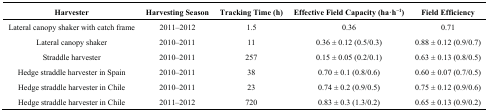
<table><thead><tr><td><b>Harvester</b></td><td><b>Harvesting Season</b></td><td><b>Tracking Time (h)</b></td><td><b>Effective Field Capacity (ha·h<sup>−1</sup>)</b></td><td><b>Field Efficiency</b></td></tr></thead><tbody><tr><td>Lateral canopy shaker with catch frame</td><td>2011–2012</td><td>1.5</td><td>0.36</td><td>0.71</td></tr><tr><td>Lateral canopy shaker</td><td>2010–2011</td><td>11</td><td>0.36 ± 0.12 (0.5/0.3)</td><td>0.88 ± 0.12 (0.9/0.7)</td></tr><tr><td>Straddle harvester</td><td>2010–2011</td><td>257</td><td>0.15 ± 0.05 (0.2/0.1)</td><td>0.63 ± 0.13 (0.8/0.5)</td></tr><tr><td>Hedge straddle harvester in Spain</td><td>2010–2011</td><td>38</td><td>0.70 ± 0.1 (0.8/0.6)</td><td>0.60 ± 0.07 (0.7/0.5)</td></tr><tr><td>Hedge straddle harvester in Chile</td><td>2010–2011</td><td>23</td><td>0.74 ± 0.2 (0.9/0.5)</td><td>0.75 ± 0.12 (0.9/0.6)</td></tr><tr><td>Hedge straddle harvester in Chile</td><td>2011–2012</td><td>720</td><td>0.83 ± 0.3 (1.3/0.2)</td><td>0.65 ± 0.13 (0.9/0.2)</td></tr></tbody></table>